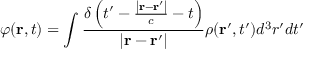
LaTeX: \varphi ( \mathbf { r } , t ) = \int { \frac { \delta \left( t ^ { \prime } - { \frac { \left| \mathbf { r } - \mathbf { r } ^ { \prime } \right| } { c } } - t \right) } { \left| \mathbf { r } - \mathbf { r } ^ { \prime } \right| } } \rho ( \mathbf { r } ^ { \prime } , t ^ { \prime } ) d ^ { 3 } r ^ { \prime } d t ^ { \prime }